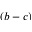
( b - c )